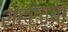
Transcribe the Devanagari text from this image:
शहरेच्या